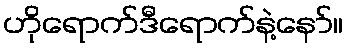
ဟိုရောက်ဒီရောက်နဲ့နော်။